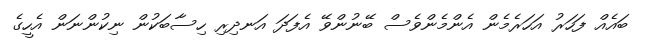
ބައެއް ފަހަރު އަހަރެމެން އެންމެންވެސް ބޭނުންވޭ އެފަދަ އަނދިރި ހިސާބަކުން ނިކުންނަން އެހީގެ